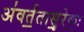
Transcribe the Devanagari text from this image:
अ॑वर्त॒तासु॒रेकः॒